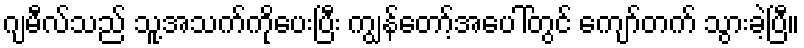
ဂျမီလ်သည် သူ့အသက်ကိုပေးပြီး ကျွန်တော့်အပေါ်တွင် ကျော်တက် သွားခဲ့ပြီ။